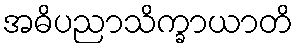
အဓိပညာသိက္ခာယာတိ